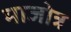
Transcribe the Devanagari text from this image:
माजोत्र